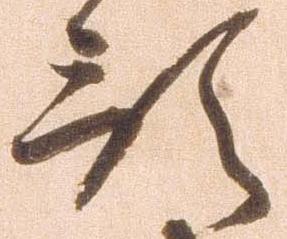
預